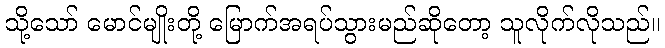
သို့သော် မောင်မျိုးတို့ မြောက်အရပ်သွားမည်ဆိုတော့ သူလိုက်လိုသည်။